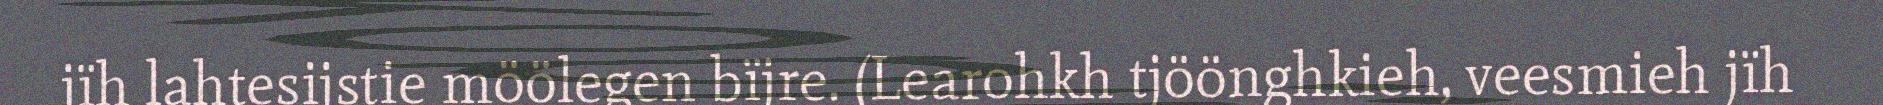
jïh lahtesijstie möölegen bïjre. (Learohkh tjöönghkieh, veesmieh jïh